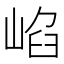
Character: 𡸞